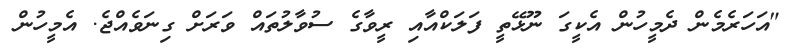
"އަހަރެމެން ދެމީހުން އެކީގަ ނޫޅޭތީ ފަލަކްއާއި ރީވާގެ ސުވާލުތައް ވަރަށް ގިނަވެއްޖެ. އެމީހުން